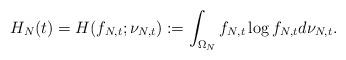
LaTeX: \begin{align*} H_N (t) = H (f_{N,t}; \nu_{N,t}) := \int_{\Omega_N} f_{N,t}\log f_{N,t} d\nu_{N,t}.\end{align*}